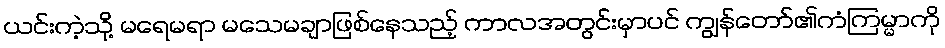
ယင်းကဲ့သို့ မရေမရာ မသေမချာဖြစ်နေသည့် ကာလအတွင်းမှာပင် ကျွန်တော်၏ကံကြမ္မာကို